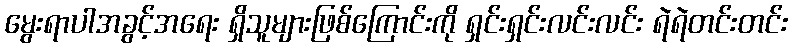
မွေးရာပါအခွင့်အရေး ရှိသူများဖြစ်ကြောင်းကို ရှင်းရှင်းလင်းလင်း ရဲရဲတင်းတင်း